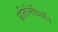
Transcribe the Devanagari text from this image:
प्रतिनिधियों।